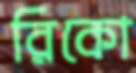
রিকো